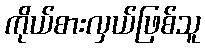
ကိုယ်စားလှယ်ဖြစ်သူ